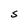
Character: S